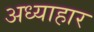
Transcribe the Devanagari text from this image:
अध्याहार